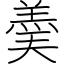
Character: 羮